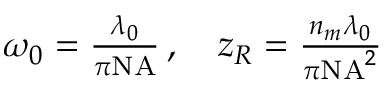
\begin{array} { r } { \omega _ { 0 } = \frac { \lambda _ { 0 } } { \pi \mathrm { N A } } \, , \quad z _ { R } = \frac { n _ { m } \lambda _ { 0 } } { \pi \mathrm { N A } ^ { 2 } } } \end{array}